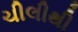
ચીલીથી